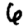
Digit: 6